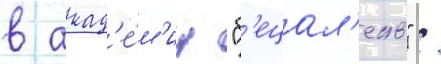
в акад'е́м'ии "б'ецал'ель" /